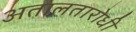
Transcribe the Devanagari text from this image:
अतालतारोधी